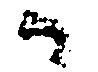
候